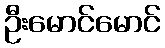
ဦးမောင်မောင်